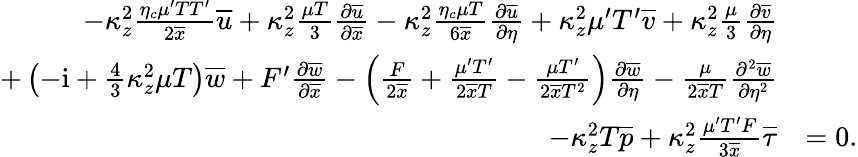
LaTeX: \begin{array}{rl}{-\kappa_{z}^{2}\frac{\eta_{c}\mu^{\prime}TT^{\prime}}{2\overline{{x}}}\overline{{u}}+\kappa_{z}^{2}\frac{\mu T}{3}\frac{\partial\overline{{u}}}{\partial\overline{{x}}}-\kappa_{z}^{2}\frac{\eta_{c}\mu T}{6\overline{{x}}}\frac{\partial\overline{{u}}}{\partial\eta}+\kappa_{z}^{2}\mu^{\prime}T^{\prime}\overline{{v}}+\kappa_{z}^{2}\frac{\mu}{3}\frac{\partial\overline{{v}}}{\partial\eta}}&{}\\ {+\left(-\mathrm{i}+\frac{4}{3}\kappa_{z}^{2}\mu T\right)\overline{{w}}+F^{\prime}\frac{\partial\overline{{w}}}{\partial\overline{{x}}}-\left(\frac{F}{2\overline{{x}}}+\frac{\mu^{\prime}T^{\prime}}{2\overline{{x}}T}-\frac{\mu T^{\prime}}{2\overline{{x}}T^{2}}\right)\frac{\partial\overline{{w}}}{\partial\eta}-\frac{\mu}{2\overline{{x}}T}\frac{\partial^{2}\overline{{w}}}{\partial\eta^{2}}}&{}\\ {-\kappa_{z}^{2}T\overline{{p}}+\kappa_{z}^{2}\frac{\mu^{\prime}T^{\prime}F}{3\overline{{x}}}\overline{{\tau}}}&{=0.}\end{array}